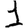
Digit: 1